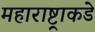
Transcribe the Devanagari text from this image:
महाराष्ट्राकडे